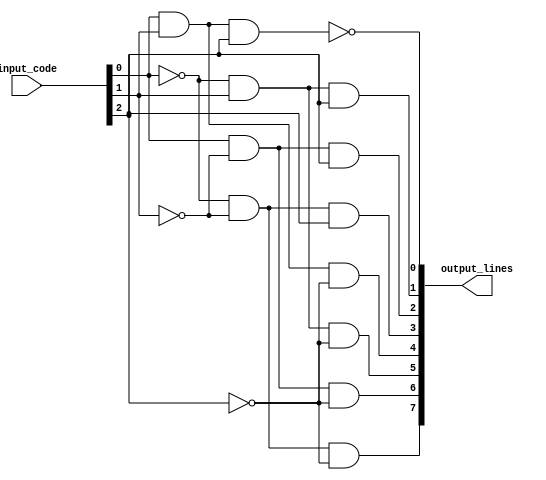
module Octal_Decoder (
    input [2:0] input_code,
    output [7:0] output_lines
);

assign output_lines[0] = ~(input_code[0] & input_code[1] & input_code[2]);
assign output_lines[1] = (~input_code[0] & input_code[1] & input_code[2]);
assign output_lines[2] = (input_code[0] & ~input_code[1] & input_code[2]);
assign output_lines[3] = (~input_code[0] & ~input_code[1] & input_code[2]);
assign output_lines[4] = (input_code[0] & input_code[1] & ~input_code[2]);
assign output_lines[5] = (~input_code[0] & input_code[1] & ~input_code[2]);
assign output_lines[6] = (input_code[0] & ~input_code[1] & ~input_code[2]);
assign output_lines[7] = (~input_code[0] & ~input_code[1] & ~input_code[2]);

endmodule